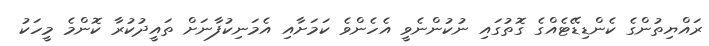
ރައްޔިތުންގެ ކެންޑިޑޭޓެއްގެ ގޮތުގައި ނުކުންނެވީ އެހެންވެ ކަމަށާއި އެމަނިކުފާނަށް ތައީދުކުރާ ކޮންމެ މީހަކު